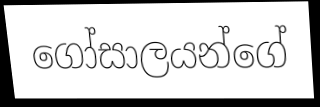
ගෝසාලයන්ගේ